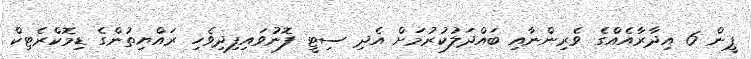
ޕީން 6 އިދާރާއެއްގެ ވެރިންނާއި ބައްދަލުކުރުމަށް އެދި ސިޓީ ފޮނުވައިފިދިވެހި ރައްޔިތުންގެ ޑިމޮކްރެޓިކް